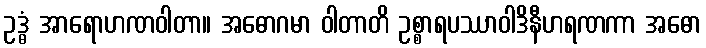
ဥဒ္ဓံ အာရောဟဏဝါတာ။ အဓောဂမာ ဝါတာတိ ဥစ္စာရပဿာဝါဒိနီဟရဏကာ အဓော